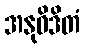
အနုဝိဒိတံ